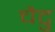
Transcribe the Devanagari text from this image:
चैटु